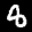
Label: 8